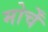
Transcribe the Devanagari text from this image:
मोर्चें